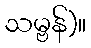
သမ္ဗန်)။